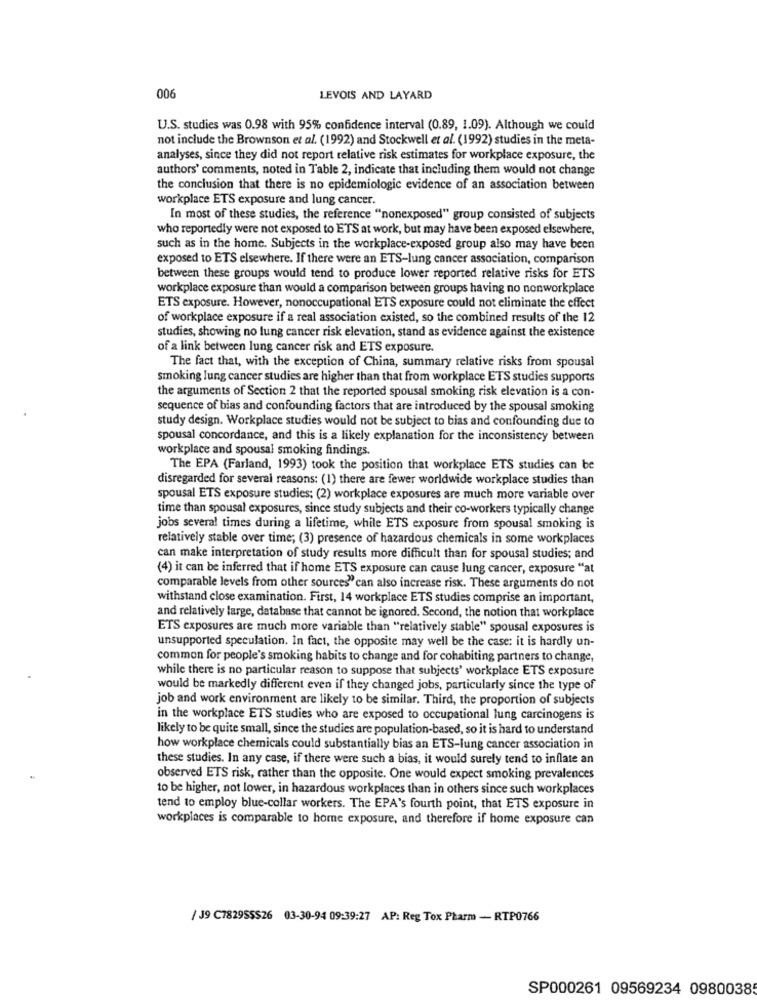
006
LEVOIS AND LAYARD
U.S. studies was 0.98 with 95% confidence interval (0.89, 1.09). Although we could
not include the Brownson et al. (1992) and Stockwell et al. (1992) studies in the meta-
analyses, since they did not report relative risk estimates for workplace exposure, the
authors' comments, noted in Table 2, indicate that including them would not change
the conclusion that there is no epidemiologic evidence of an association between
workplace ETS exposure and lung cancer.
In most of these studies, the reference "nonexposed" group consisted of subjects
who reportedly were not exposed to ETS at work, but may have been exposed elsewhere,
such as in the home. Subjects in the workplace-exposed group also may have been
exposed to ETS elsewhere. If there were an ETS-lung cancer association, comparison
between these groups would tend to produce lower reported relative risks for ETS
workplace exposure than would a comparison between groups having no nonworkplace
ETS exposure. However, nonoccupational ETS exposure could not eliminate the effect
of workplace exposure if a real association existed, so the combined results of the 12
studies, showing no lung cancer risk elevation, stand as evidence against the existence
of a link between lung cancer risk and ETS exposure.
The fact that, with the exception of China, summary relative risks from spousal
smoking lung cancer studies are higher than that from workplace ETS studies supports
the arguments of Section 2 that the reported spousal smoking risk elevation is a con-
sequence of bias and confounding factors that are introduced by the spousal smoking
study design. Workplace studies would not be subject to bias and confounding due to
spousal concordance, and this is a likely explanation for the inconsistency between
workplace and spousal smoking findings.
The EPA (Farland, 1993) took the position that workplace ETS studies can be
disregarded for several reasons: (1) there are fewer worldwide workplace studies than
spousal ETS exposure studies; (2) workplace exposures are much more variable over
time than spousal exposures, since study subjects and their co-workers typically change
jobs several times during a lifetime, while ETS exposure from spousal smoking is
relatively stable over time; (3) presence of hazardous chemicals in some workplaces
can make interpretation of study results more difficult than for spousal studies; and
(4) it can be inferred that if home ETS exposure can cause lung cancer, exposure "at
comparable levels from other sources" can also increase risk. These arguments do not
withstand close examination. First, 14 workplace ETS studies comprise an important,
and relatively large, database that cannot be ignored. Second, the notion that workplace
ETS exposures are much more variable than "relatively stable" spousal exposures is
unsupported speculation. In fact, the opposite may well be the case: it is hardly un-
common for people's smoking habits to change and for cohabiting partners to change,
while there is no particular reason to suppose that subjects' workplace ETS exposure
would be markedly different even if they changed jobs, particularly since the type of
job and work environment are likely to be similar. Third, the proportion of subjects
in the workplace ETS studies who are exposed to occupational lung carcinogens is
likely to be quite small, since the studies are population-based, so it is hard to understand
how workplace chemicals could substantially bias an ETS-lung cancer association in
these studies. In any case, if there were such a bias, it would surely tend to inflate an
observed ETS risk, rather than the opposite. One would expect smoking prevalences
to be higher, not lower, in hazardous workplaces than in others since such workplaces
tend to employ blue-collar workers. The EPA's fourth point, that ETS exposure in
workplaces is comparable to home exposure, and therefore if home exposure can
/ J9 C7829SSS26 03-30-94 09:39:27 AP: Reg Tox Pharm - RTP0766
SP000261 09569234 0980038